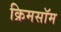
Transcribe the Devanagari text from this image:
क्रिमसॉम